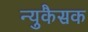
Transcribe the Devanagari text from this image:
न्युकैसक